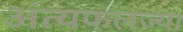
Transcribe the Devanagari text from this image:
अंत्यफलज्या